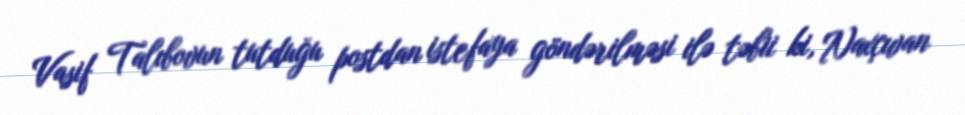
Vasif Talıbovun tutduğu postdan istefaya göndərilməsi ilə təbii ki, Naxçıvan